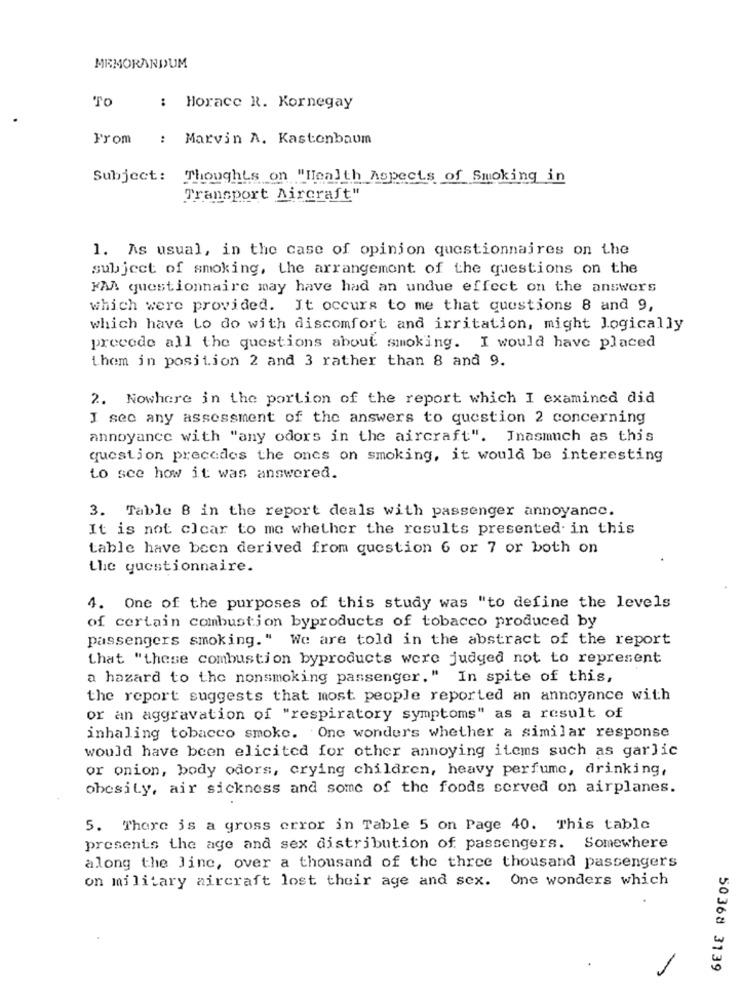
MEMORANDUM
TO
: Horace R. Kornegay
From : Marvin A. Kastenbaum
Subject: Thoughts on "Health Aspects of Smoking in
Transport Aircraft"
1. As usual, in the case of opinion questionnaires on the
subject of smoking, the arrangement of the questions on the
FAA questionnaire may have had an undue effect on the answers
which were provided. It occurs to me that questions 8 and 9,
which have to do with discomfort and irritation, might logically
precede all the questions about smoking. I would have placed
them in position 2 and 3 rather than 8 and 9.
2. Nowhere in the portion of the report which I examined did
I see any assessment of the answers to question 2 concerning
annoyance with "any odors in the aircraft". Jnasmuch as this
question precedes the ones on smoking, it would be interesting
to see how it was answered.
3. Table 8 in the report deals with passenger annoyance.
It is not clear to me whether the results presented in this
table have been derived from question 6 or 7 or both on
the questionnaire.
4. One of the purposes of this study was "to define the levels
of certain combustion byproducts of tobacco produced by
passengers smoking." We are told in the abstract of the report
that "these combustion byproducts were judged not to represent
a hazard to the nonsmoking passenger." In spite of this,
the report suggests that most people reported an annoyance with
or an aggravation of "respiratory symptoms" as a result of
inhaling tobacco smoke. One wonders whether a similar response
would have been elicited for other annoying items such as garlic
or onion, body odors, crying children, heavy perfume, drinking,
obesity, air sickness and some of the foods served on airplanes.
5. There is a gross error in Table 5 on Page 40. This table
presents the age and sex distribution of passengers. Somewhere
along the Jine, over a thousand of the three thousand passengers
on military aircraft lost their age and sex. One wonders which
50368 3139